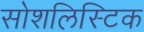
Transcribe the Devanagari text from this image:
सोशलिस्टिक